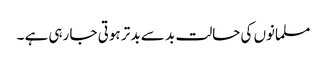
مسلمانوں کی حالت بد سے بد تر ہوتی جا رہی ہے ۔